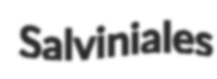
Salviniales